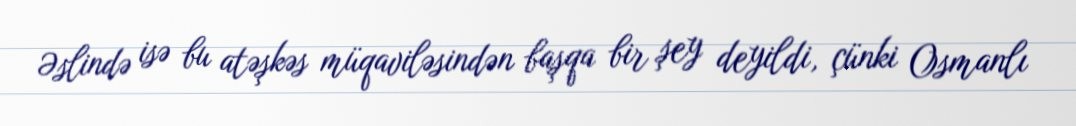
Əslində isə bu atəşkəs müqaviləsindən başqa bir şey deyildi, çünki Osmanlı